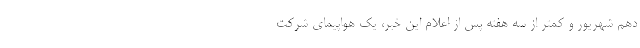
دهم شهریور و کمتر از سه هفته پس از اعلام این خبر، یک هواپیمای شرکت